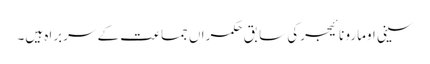
سینی اومارو نائیجرکی سابق حکمراں جماعت کے سربراہ ہیں۔